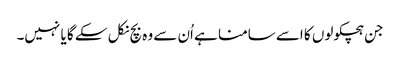
جن ہچکولوں کا اسے سامنا ہے اُن سے وہ بچ نکل سکے گا یا نہیں۔